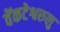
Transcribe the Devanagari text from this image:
वेंकटेश्वरुलु